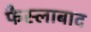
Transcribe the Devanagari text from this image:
फैस्लाबाद